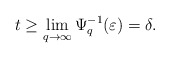
\begin{align*} t\geq \lim_{q\rightarrow\infty}\Psi_q^{-1}(\varepsilon)=\delta.\end{align*}